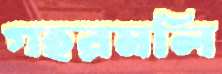
গহরমলি